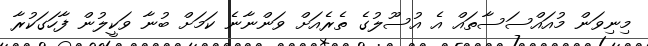
މިނިވަން މުއައްސަސާތައް އެ އުސޫލުގެ ތެރެއަށް ވަންނާނެ ކަމަށް ބުނާ ވަކީލުން ފާހަގަކުރާ